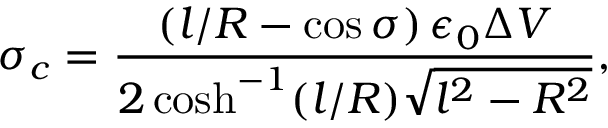
\sigma _ { c } = \frac { \left( l / R - \cos \sigma \right) \epsilon _ { 0 } \Delta V } { 2 \cosh ^ { - 1 } ( l / R ) \sqrt { l ^ { 2 } - R ^ { 2 } } } ,